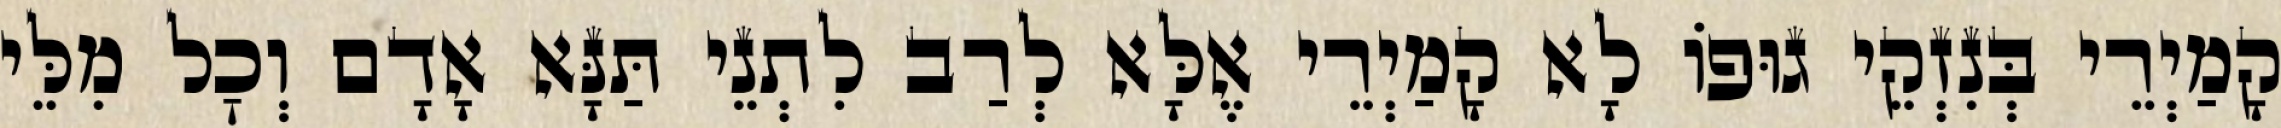
קָמַיְרֵי בְּנִזְקֵי גוּפוֹ לָא קָמַיְרֵי אֶלָּא לְרַב לִתְנֵי תַּנָּא אָדָם וְכׇל מִלֵּי